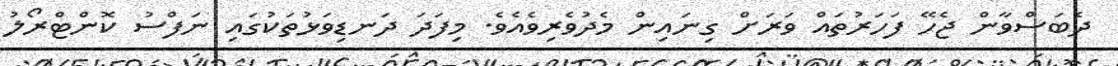
ދެބަސްވާން ޖެހޭ ފަހަރުތައް ވަރަށް ގިނައިން މެދުވެރިވެއެވެ. މިފަދަ ދަނޑިވަޅުތަކުގައި ނަފްސު ކޮންޓްރޯލު